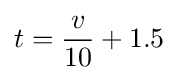
t={\frac {v}{10}}+1.5